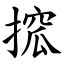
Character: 搲